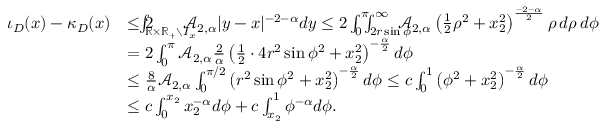
\begin{array} { r l } { \iota _ { D } ( x ) - \kappa _ { D } ( x ) } & { \le 2 \! \! \! \! \! \! \int _ { \mathbb { R } \times \mathbb { R } _ { + } \setminus I _ { x } } \! \! \! \! \! \! \mathcal { A } _ { 2 , \alpha } | y - x | ^ { - 2 - \alpha } d y \leq 2 \int _ { 0 } ^ { \pi } \! \! \! \int _ { 2 r \sin \phi } ^ { \infty } \! \! \! \! \! \! \mathcal { A } _ { 2 , \alpha } \left( \frac { 1 } { 2 } \rho ^ { 2 } + x _ { 2 } ^ { 2 } \right) ^ { \frac { - 2 - \alpha } { 2 } } \rho \, d \rho \, d \phi } \\ & { = 2 \int _ { 0 } ^ { \pi } \mathcal { A } _ { 2 , \alpha } \frac { 2 } { \alpha } \left( \frac { 1 } { 2 } \cdot 4 r ^ { 2 } \sin \phi ^ { 2 } + x _ { 2 } ^ { 2 } \right) ^ { - \frac { \alpha } { 2 } } d \phi } \\ & { \leq \frac { 8 } { \alpha } \mathcal { A } _ { 2 , \alpha } \int _ { 0 } ^ { \pi / 2 } \left( r ^ { 2 } \sin \phi ^ { 2 } + x _ { 2 } ^ { 2 } \right) ^ { - \frac { \alpha } { 2 } } d \phi \leq c \int _ { 0 } ^ { 1 } \left( \phi ^ { 2 } + x _ { 2 } ^ { 2 } \right) ^ { - \frac { \alpha } { 2 } } d \phi } \\ & { \leq c \int _ { 0 } ^ { x _ { 2 } } x _ { 2 } ^ { - \alpha } d \phi + c \int _ { x _ { 2 } } ^ { 1 } \phi ^ { - \alpha } d \phi . } \end{array}